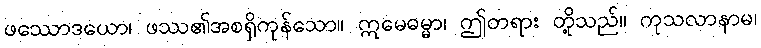
ဖဿောဒယော၊ ဖဿ၏အစရှိကုန်သော။ ဣမေဓမ္မာ၊ ဤတရား တို့သည်။ ကုသလာနာမ၊